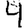
Digit: 4